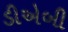
ડીએબી